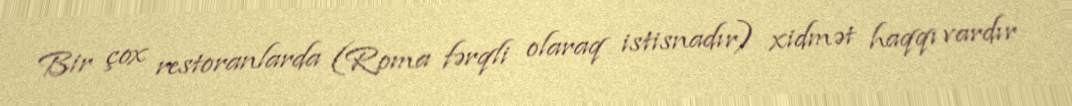
Bir çox restoranlarda (Roma fərqli olaraq istisnadır) xidmət haqqı vardır